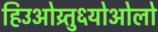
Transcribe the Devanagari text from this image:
हिउओय्र्तु६योओलो